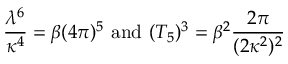
\frac { \lambda ^ { 6 } } { \kappa ^ { 4 } } = \beta ( 4 \pi ) ^ { 5 } \mathrm { ~ a n d ~ } ( T _ { 5 } ) ^ { 3 } = \beta ^ { 2 } \frac { 2 \pi } { ( 2 \kappa ^ { 2 } ) ^ { 2 } }